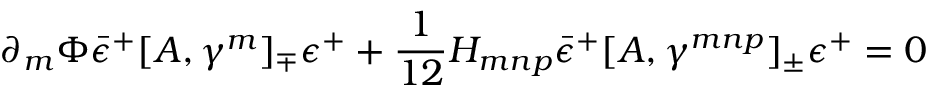
\partial _ { m } \Phi { \bar { \epsilon } ^ { + } } [ A , \gamma ^ { m } ] _ { \mp } \epsilon ^ { + } + \frac { 1 } { 1 2 } H _ { m n p } { \bar { \epsilon } ^ { + } } [ A , \gamma ^ { m n p } ] _ { \pm } \epsilon ^ { + } = 0